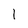
Character: l